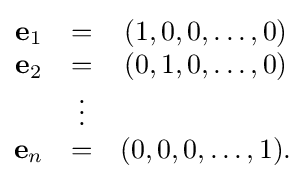
{\begin{matrix}\mathbf {e} _{1}&=&(1,0,0,\ldots ,0)\\\mathbf {e} _{2}&=&(0,1,0,\ldots ,0)\\&\vdots \\\mathbf {e} _{n}&=&(0,0,0,\ldots ,1).\end{matrix}}